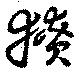
獠